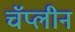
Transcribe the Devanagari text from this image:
चॅप्लीन